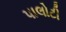
પાલોટી